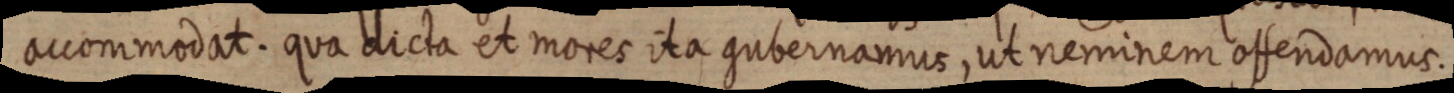
accommodat. qua dicta et mores ita gubernamus, ut neminem offendamus.